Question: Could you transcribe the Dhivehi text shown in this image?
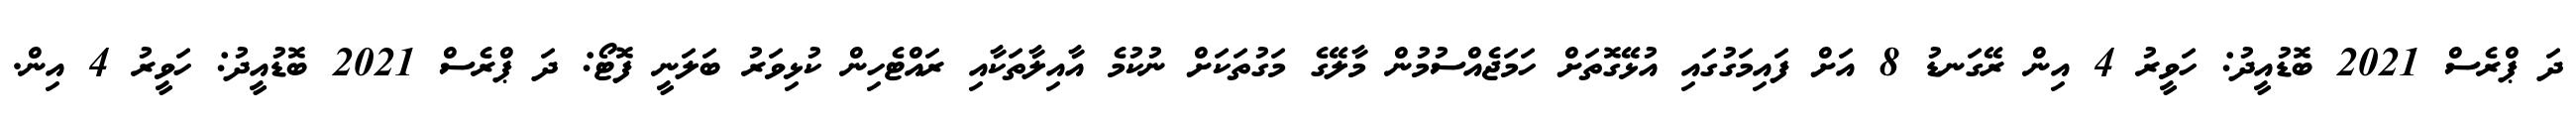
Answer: ދަ ޕްރެސް 2021 ބޮޑުއީދު: ހަވީރު 4 އިން ރޭގަނޑު 8 އަށް ފައިމަގުގައި އުޅޭގޮތަށް ހަމަޖެއްސުމުން މާލޭގެ މަގުތަކަށް ނުކުމެ އާއިލާތަކާއި ރައްޓެހިން ކުޅިވަރު ބަލަނީ ފޮޓޯ: ދަ ޕްރެސް 2021 ބޮޑުއީދު: ހަވީރު 4 އިން.